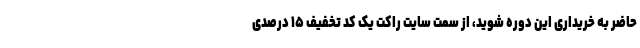
حاضر به خریداری این دوره شوید، از سمت سایت راکت یک کد تخفیف ۱۵ درصدی